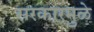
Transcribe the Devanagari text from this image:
सरकारमुळे